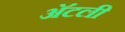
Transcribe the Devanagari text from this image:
अॅटली